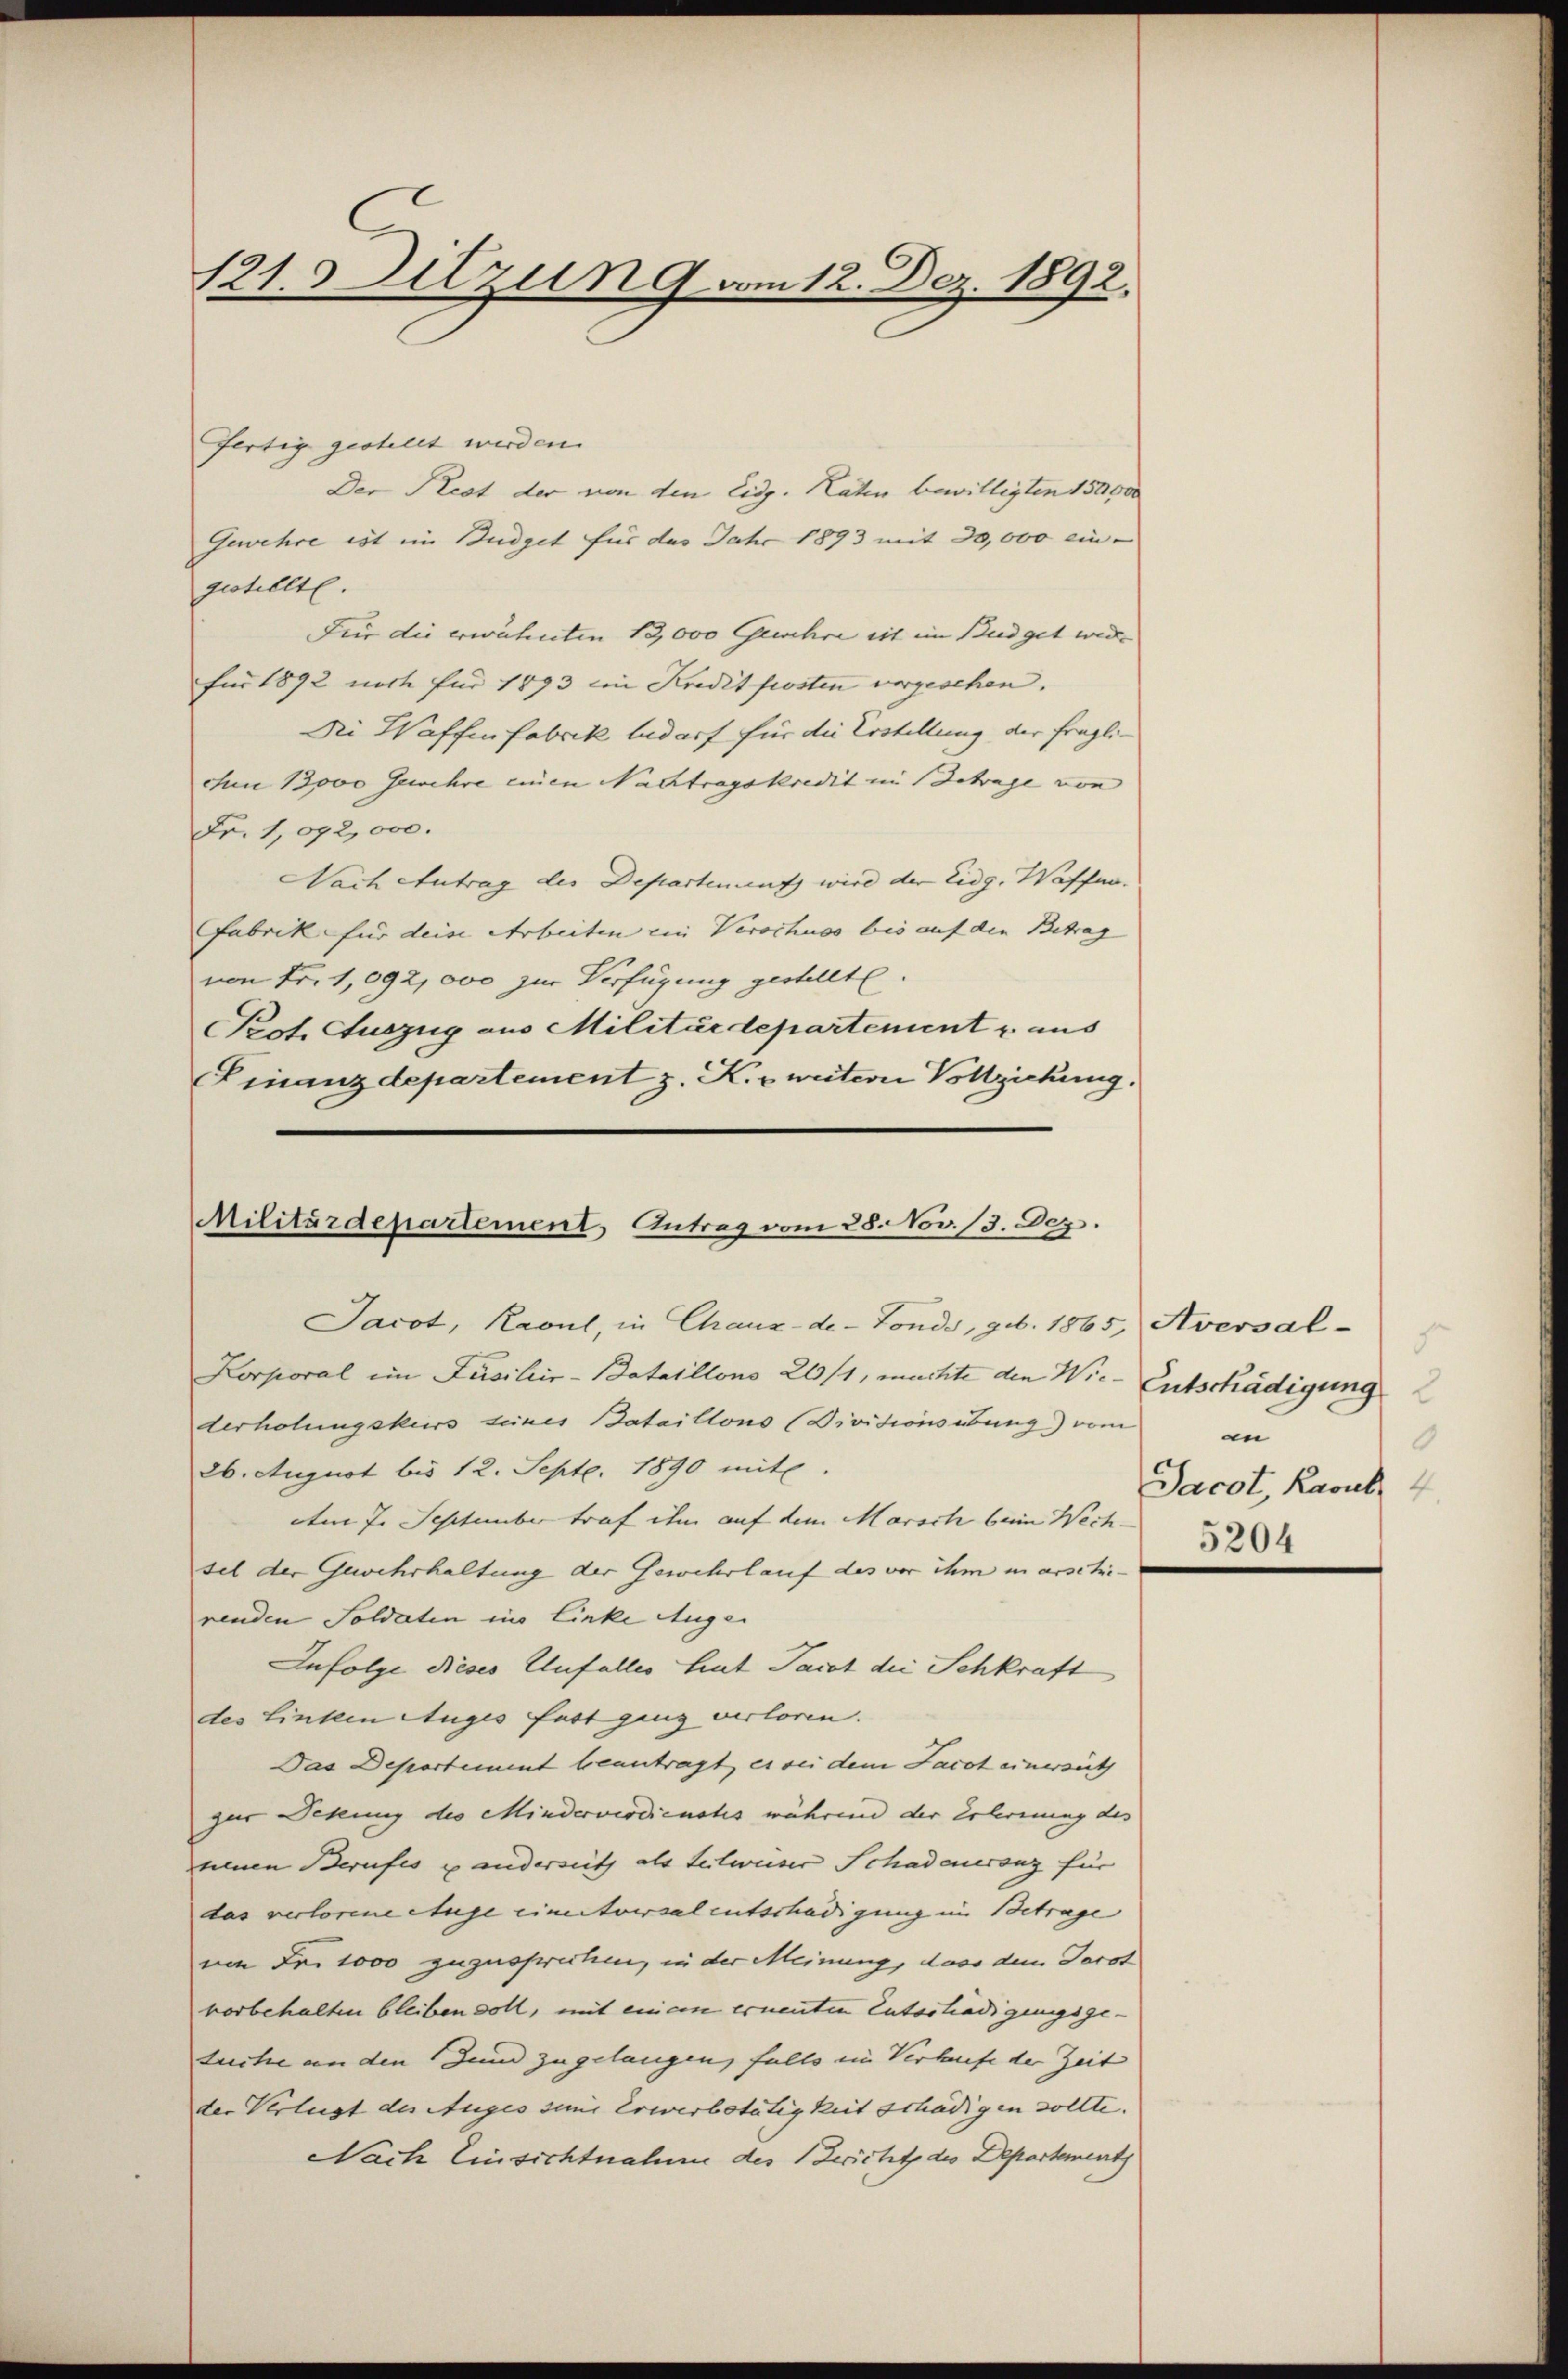
121. Sitzung am 12. Dez. 1892.

fertig gestellt werden.
Der Rest der von den Eidg. Raten bewilligten 150,000
Gewehre ist im Budget für das Jahr 1893 mit 30,000 ein-
gestellte.
Für die erwähnten 13,000 Gewehre eit im Budget wird. |
für 1892 noch für 1893 im Kredit frosten vergesehen.
Die Waffenfabrik bedarf für die Erstellung der fraglich 13,000 Gewehre einen Nachtragskredit in Betrage von
Fr. 1,092,000.
Nach Antrag des Departenung wird der Eidg. Waffen.
Fabrik für deise Arbeiten ein Verschuss bis auf den Betrag
von Fr. 1,092,000 zur Verfügung gestellte.
Pot. Auszug aus Militärdepartement er aus
(Finanzdepartement z. K. zweitern Vollziehung.

Militärdepartement Antrag vom 28. Nov. 13. Dez.
Jacot, Kavul, in Chaux-de-Fonds, geb. 1865, Avevsal¬

Korporal im Juciliir-Bataillons 20/1, machte den Wie- Entschädigung
derholungskurs seines Bataillons (Divisionsübung) vom
26. August bis 12. Sept. 1890 mit
Am 7. September traf ihm auf dem Marsch beim Wech-
sel der Gewehrhaltung der Gewehrlauf des vor ihm in erschirenden Soldaten in Linke Augen
Infolge dieses Unfalles hat Jacot die Schkraft
des Linken Auges fast ganz verloren.
Das Departement beantragt, es sei dem Facot einerseith
gur Sekung des Minderverdiensts während der Erlernung des
einen Berufes u anderseith als teilweiser Schadeneranz für
das verlorene Auge einentversalentschädigung in Betrage
um Fr. 1000 zuzuspruchen, in der Meinung, dass dem Darst
vorbehalten bleiben soll, mit einem ernenten Entertradigungsge-
tuche an den und zugelangen, falls im Verhufe der Zeit
der Verlegt des Auges simi Erwerbetätigkeit schädigen sollte.
Nach Einsichtnahme des Zeicht des Departement

an
0
Jacot, Rasul, 4
5204